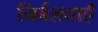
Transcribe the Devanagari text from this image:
निर्बलताएँ